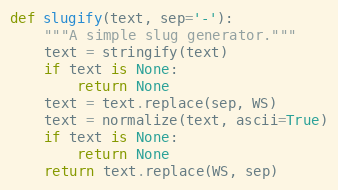
Language: Python
def slugify(text, sep='-'):
    """A simple slug generator."""
    text = stringify(text)
    if text is None:
        return None
    text = text.replace(sep, WS)
    text = normalize(text, ascii=True)
    if text is None:
        return None
    return text.replace(WS, sep)